Report of the Municipal Commissioner on the plague in Bombay for the year ending 31st May... - Volume 3
Disease focus: Plague
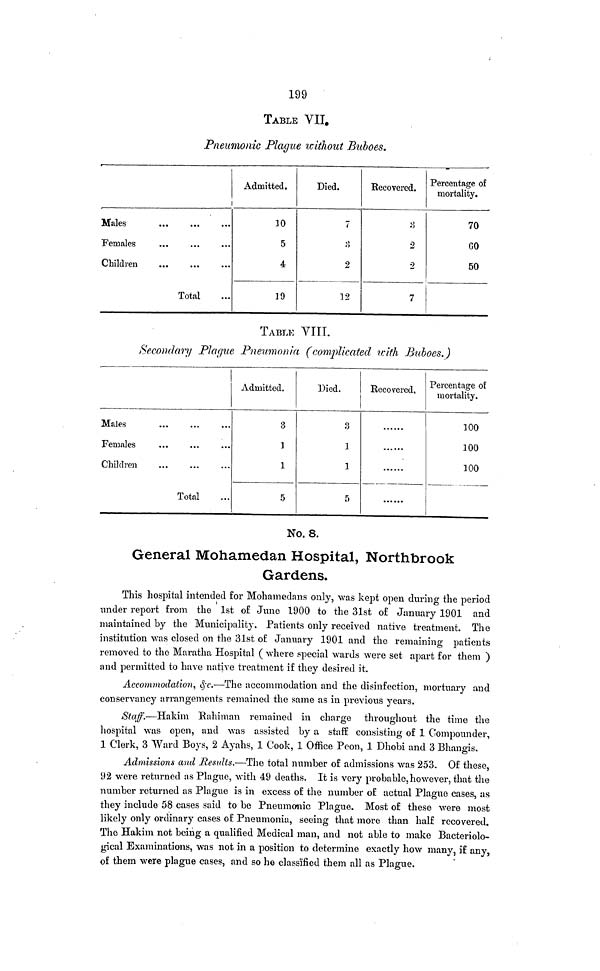
199
TABLE VII.
Pneumonic Plague without Buboes.
Males
Females
Children
Total
Admitted.
10
5
4
]9
Died.
7
i)
2
12
Eecovered.
3
2
2
7
Percentage of
mortality.
70
GO
50
TABLE VIII.
Secondary Plague Pneumonia (complicated with Buboes.)
Males
Females
Children
Total
Admitted.
8
1
1
5
Died.
3
]
1
5
Recovered,
Percentage of
mortality.
100
100
100
No. 8.
General Mohamedan Hospital, Northbrook
Gardens.
This hospital intended for Mohamedans only, was kept open during the period
under report from the 1st of June 1900 to the 31st of January 1901 and
maintained by the Municipality. Patients only received native treatment. The
institution was closed on the 31st of January 1901 and the remaining patients
removed to the Maratha Hospital ( where special wards were set apart for them )
and permitted to have native treatment if they desired it.
Accommodation, &c.—The accommodation and the disinfection, mortuary and
conservancy arrangements remained the same as in previous years.
Staff.—Hakim Rahiman remained in charge throughout the time the
hospital was open, and was assisted by a staff consisting of 1 Compounder,
1 Clerk, 3 Ward Boys, 2 Ayahs, 1 Cook, 1 Office Peon, 1 Dhobi and 3 Bhangis.
Admissions and Results.—The total number of admissions was 253. Of these,
92 were returned as Plague, with 49 deaths. It is very probable, however, that the
number returned as Plague is in excess of the number of actual Plague cases, as
they include 58 cases said to be Pneumonic Plague. Most of these were most
likely only ordinary cases of Pneumonia, seeing that more than half recovered.
The Hakim not being a qualified Medical man, and not able to make Bacteriolo-
gical Examinations, was not in a position to determine exactly how many, if any,
of them were plague cases, and so he classified them all as Plague.